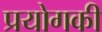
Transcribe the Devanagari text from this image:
प्रयोगकी